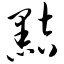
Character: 黠